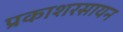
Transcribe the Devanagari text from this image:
प्रकाशरसायन